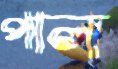
পাল